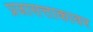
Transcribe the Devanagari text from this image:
प्रजासत्ताकावर